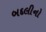
બદલીનો